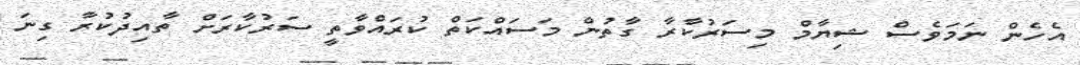
އެހެން ނަމަވެސް ޝިޔާމް މިސަރުކާރާ ގާތުން މަސައްކަތް ކުރައްވާތީ ސަރުކާރަށް ތާއިދުކުރާ ގިނަ